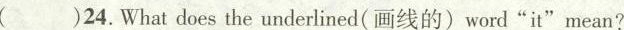
( )24.What does the underlined(画线的)word"it"mean?